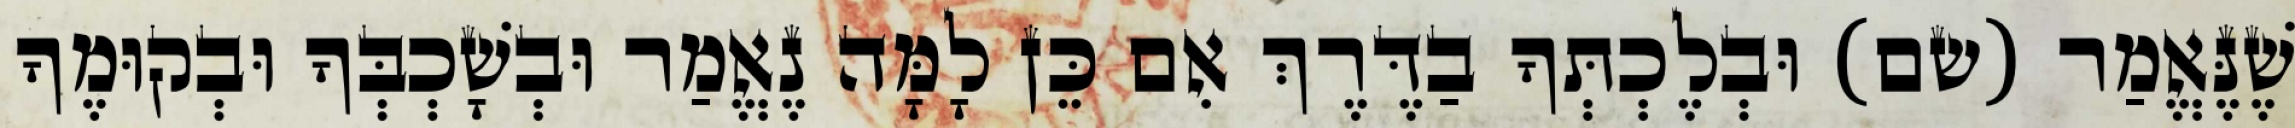
שֶׁנֶּאֱמַר (שם) וּבְלֶכְתְּךָ בַדֶּרֶךְ אִם כֵּן לָמָּה נֶאֱמַר וּבְשָׁכְבְּךָ וּבְקוּמֶךָ